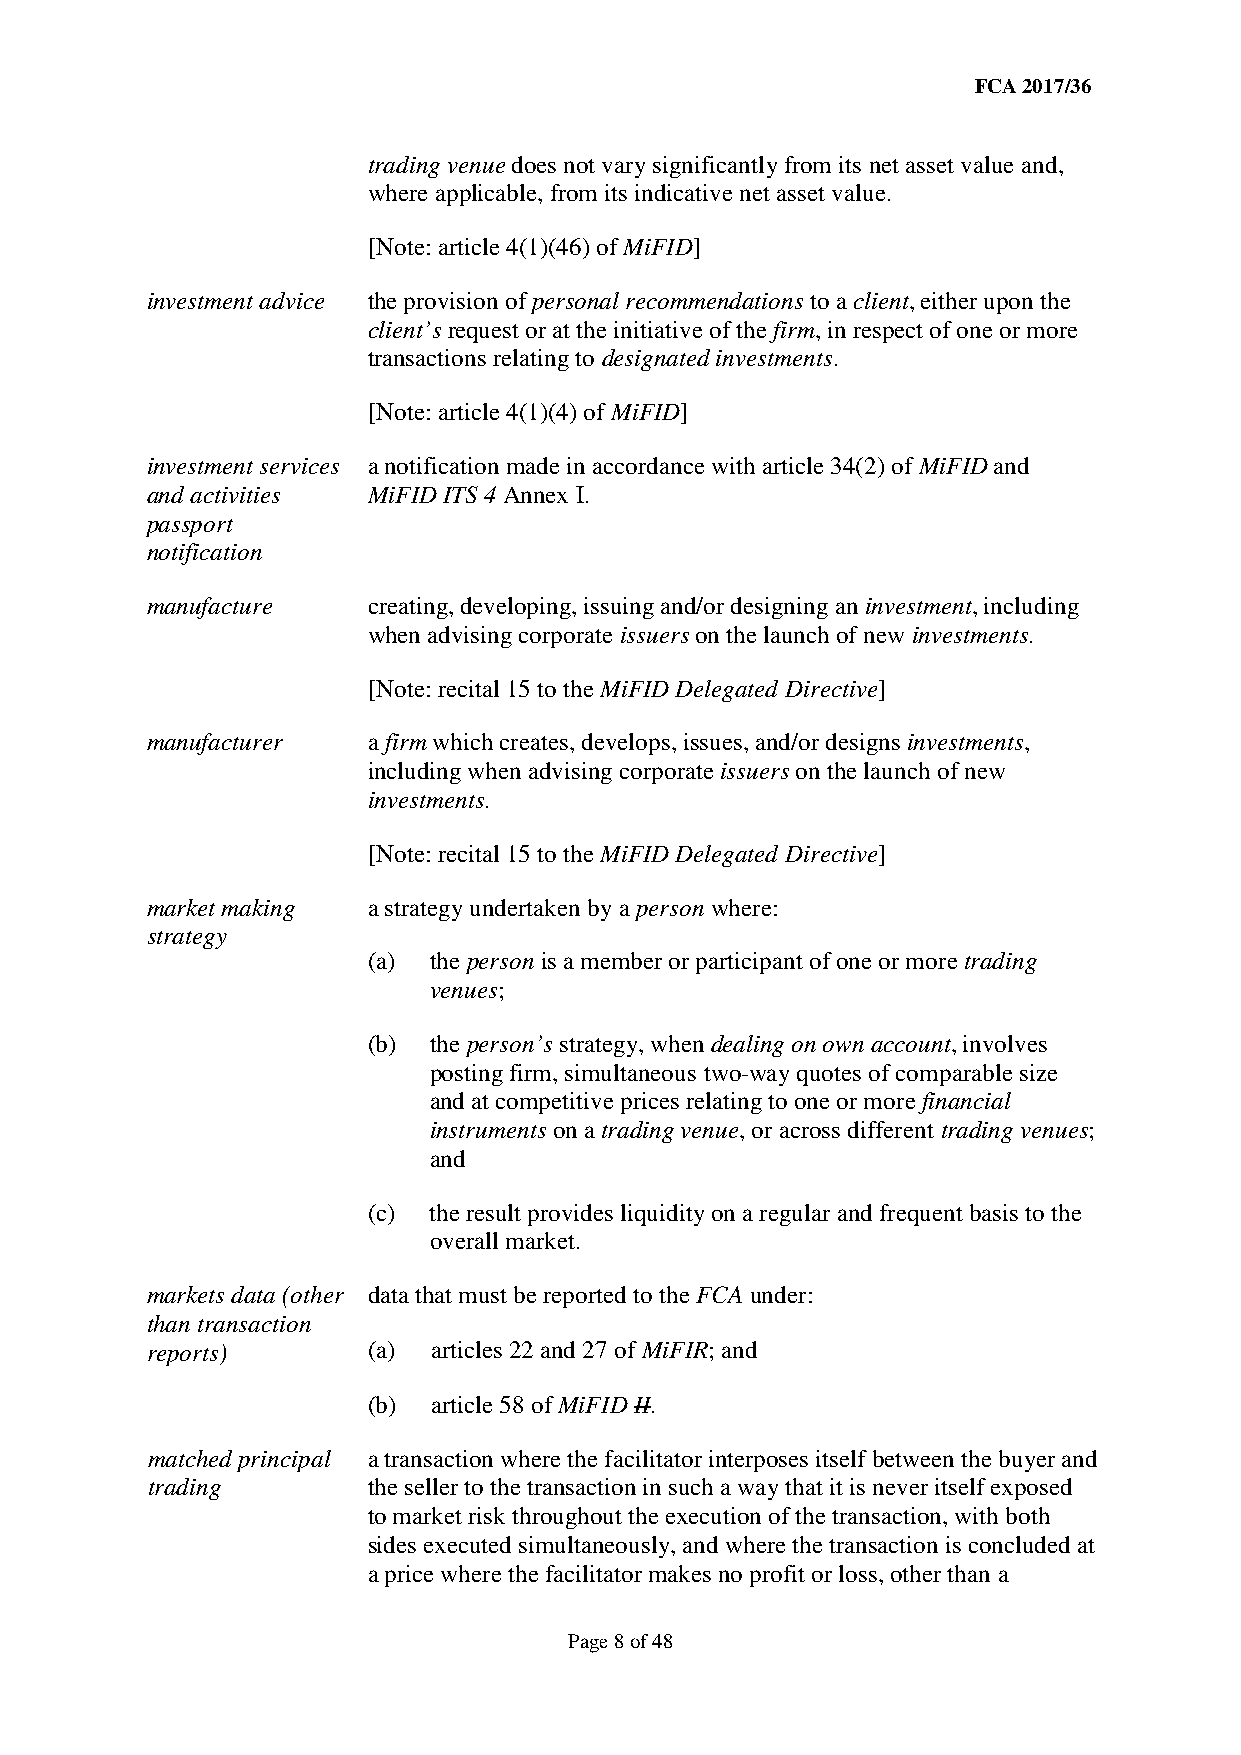
FCA 2017/36
 trading venue does not vary significantly from its net asset value and,
 where applicable, from its indicative net asset value.
 [Note: article 4(1)(46) of MiFID]
 investment advice the provision of personal recommendations to a client, either upon the
 client’s request or at the initiative of the firm, in respect of one or more
 transactions relating to designated investments.
 [Note: article 4(1)(4) of MiFID]
 investment services a notification made in accordance with article 34(2) of MiFID and
 and activities MiFID ITS 4 Annex I.
 passport
 notification
 manufacture   creating, developing, issuing and/or designing an investment, including
 when advising corporate issuers on the launch of new investments.
 [Note: recital 15 to the MiFID Delegated Directive]
 manufacturer  a firm which creates, develops, issues, and/or designs investments,
 including when advising corporate issuers on the launch of new
 investments.
 [Note: recital 15 to the MiFID Delegated Directive]
 market making a strategy undertaken by a person where:
 strategy
 (a) the person is a member or participant of one or more trading
 venues;
 (b) the person’s strategy, when dealing on own account, involves
 posting firm, simultaneous two-way quotes of comparable size
 and at competitive prices relating to one or more financial
 instruments on a trading venue, or across different trading venues;
 and
 (c) the result provides liquidity on a regular and frequent basis to the
 overall market.
 markets data (other data that must be reported to the FCA under:
 than transaction
 reports)      (a)  articles 22 and 27 of MiFIR; and
 (b)  article 58 of MiFID II.
 matched principal a transaction where the facilitator interposes itself between the buyer and
 trading       the seller to the transaction in such a way that it is never itself exposed
 to market risk throughout the execution of the transaction, with both
 sides executed simultaneously, and where the transaction is concluded at
 a price where the facilitator makes no profit or loss, other than a
 Page 8 of 48